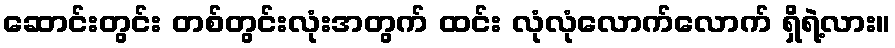
ဆောင်းတွင်း တစ်တွင်းလုံးအတွက် ထင်း လုံလုံလောက်လောက် ရှိရဲ့လား။